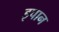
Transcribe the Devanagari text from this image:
इपान